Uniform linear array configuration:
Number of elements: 12
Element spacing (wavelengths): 0.75
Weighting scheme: binomial
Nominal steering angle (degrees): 60
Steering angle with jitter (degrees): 59.706
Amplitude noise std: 0.05
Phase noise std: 0.05

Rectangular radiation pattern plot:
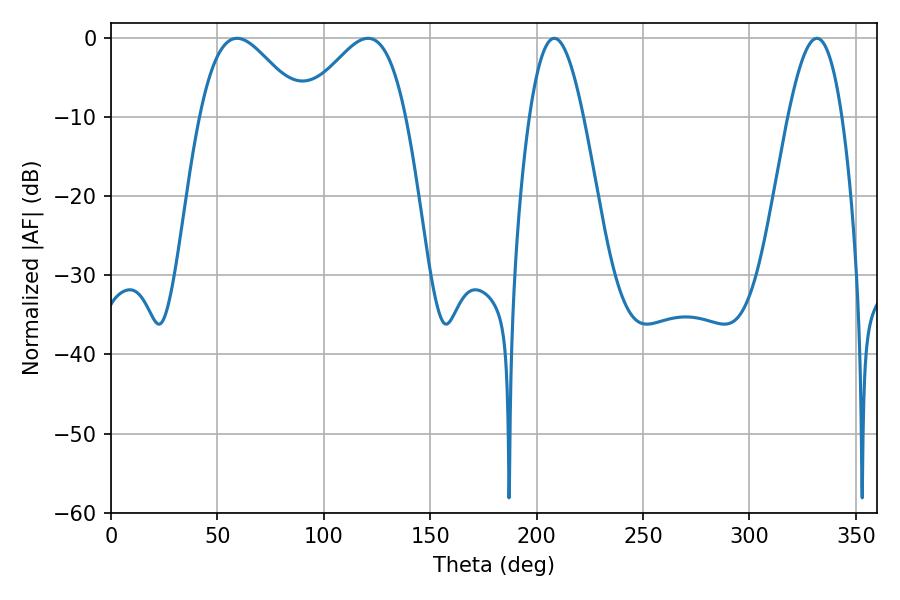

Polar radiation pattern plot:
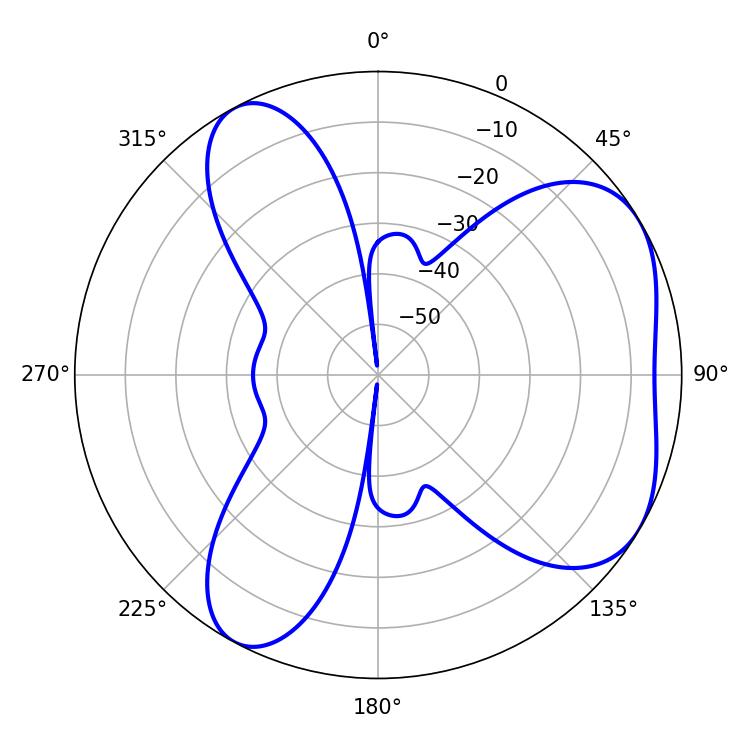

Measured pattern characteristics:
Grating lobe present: TRUE
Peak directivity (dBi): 5.07
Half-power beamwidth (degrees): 25.92
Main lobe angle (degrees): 59.22